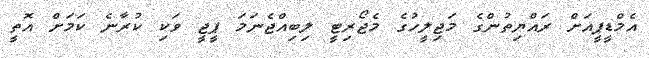
އެމްޑީޕީއަށް ރައްޔިތުންގެ މަޖިލީހުގެ މެޖޯރިޓީ ލިބިއްޖެނަމަ ޕީޖީ ވަކި ކުރާނެ ކަމަށް އޮތީ